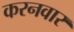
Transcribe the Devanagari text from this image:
करनवार